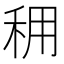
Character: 𥞖